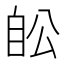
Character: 𦤉